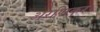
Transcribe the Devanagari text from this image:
अरणिकर